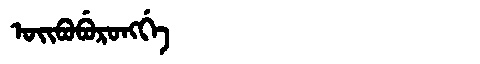
Manchu: ᠣᡳᠪᠣᠪᡠᡵᠣᠩᡤᡝ
Romanization: OIBOBURONGGE